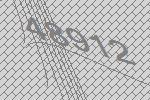
48912